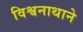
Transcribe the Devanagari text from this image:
विश्वनाथाने